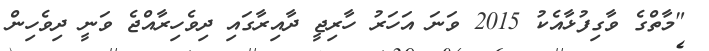
"މާތްގެ ވާގިފުޅާއެކު 2015 ވަނަ އަހަރު ހާރިޖީ ދާއިރާގައި ދިވެހިރާއްޖެ ވަނީ ދިވެހިން